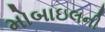
મોબાઇલની